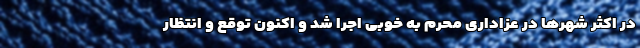
در اکثر شهرها در عزاداری محرم به خوبی اجرا شد و اکنون توقع و انتظار